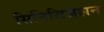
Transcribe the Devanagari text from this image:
सिनिसिज़ेशन